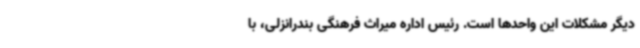
دیگر مشکلات این واحدها است. رئیس اداره میراث فرهنگی بندرانزلی، با